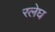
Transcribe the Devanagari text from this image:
रलेघ